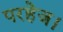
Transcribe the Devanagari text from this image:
परहेज।